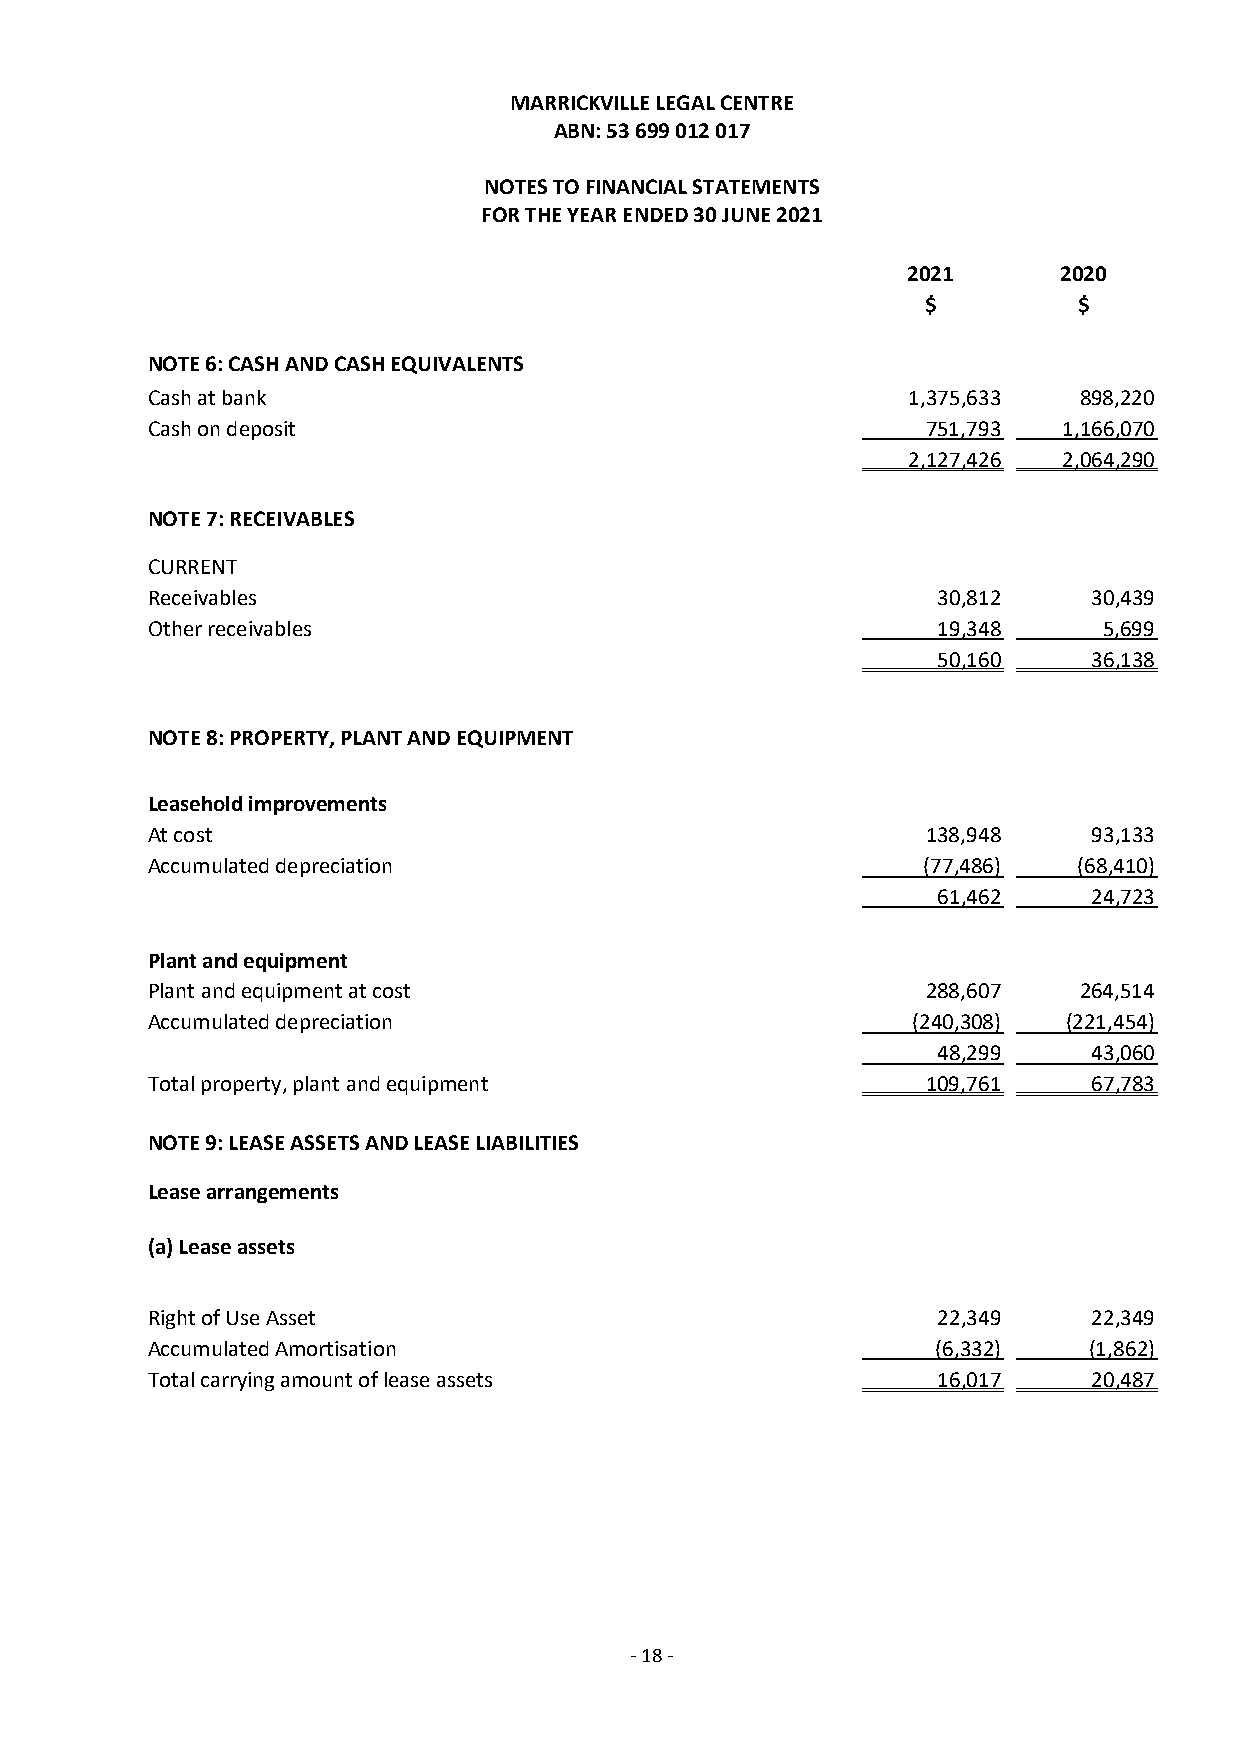
MARRICKVILLE LEGAL CENTRE
 ABN: 53 699 012 017
 NOTES TO FINANCIAL STATEMENTS
 FOR THE YEAR ENDED 30 JUNE 2021
 2021      2020
 $         $
 NOTE 6: CASH AND CASH EQUIVALENTS
 Cash at bank                                      1,375,633  898,220
 Cash on deposit                                    751,793  1,166,070
 2,127,426 2,064,290
 NOTE 7: RECEIVABLES
 CURRENT
 Receivables                                         30,812    30,439
 Other receivables                                   19,348     5,699
 50,160    36,138
 NOTE 8: PROPERTY, PLANT AND EQUIPMENT
 Leasehold improvements
 At cost                                            138,948    93,133
 Accumulated depreciation                           (77,486)  (68,410)
 61,462    24,723
 Plant and equipment
 Plant and equipment at cost                        288,607   264,514
 Accumulated depreciation                          (240,308)  (221,454)
 48,299    43,060
 Total property, plant and equipment                109,761    67,783
 NOTE 9: LEASE ASSETS AND LEASE LIABILITIES
 Lease arrangements
 (a) Lease assets
 Right of Use Asset                                  22,349    22,349
 Accumulated Amortisation                            (6,332)   (1,862)
 Total carrying amount of lease assets               16,017    20,487
 - 18 -